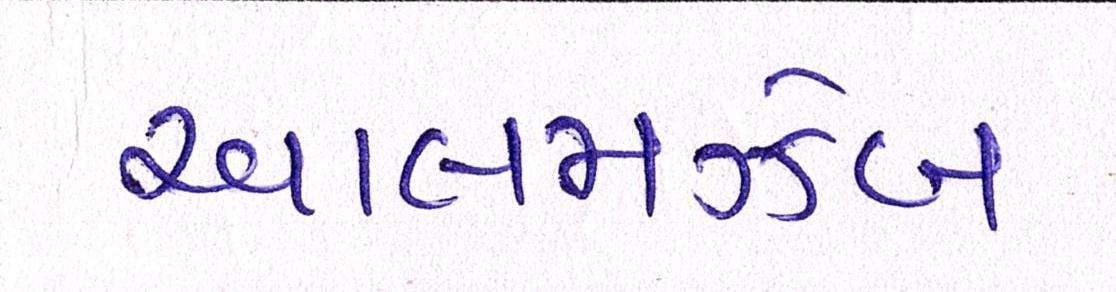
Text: આલમઝેબ